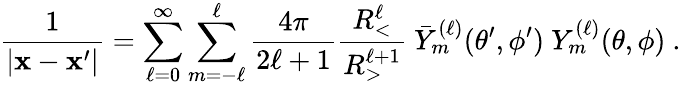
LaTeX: \frac{1}{|{\mathbf x}-{\mathbf x^{\prime}}|}=\sum_{\ell=0}^{\infty}\sum_{m=-\ell}^{\ell}\frac{4\pi}{2\ell+1}\frac{R_{<}^{\ell}}{R_{>}^{\ell+1}}\ \bar{Y}_{m}^{(\ell)}(\theta^{\prime},\phi^{\prime})\ Y_{m}^{(\ell)}(\theta,\phi)\ .